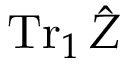
\operatorname { T r } _ { 1 } \hat { Z }